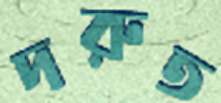
দরুত